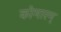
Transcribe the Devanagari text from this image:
कोमारम्